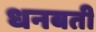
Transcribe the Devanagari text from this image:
धनबती